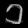
Digit: ၁